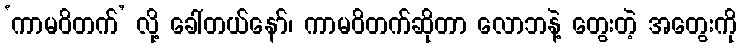
‘ကာမဝိတက်’ လို့ ခေါ်တယ်နော်၊ ကာမဝိတက်ဆိုတာ လောဘနဲ့ တွေးတဲ့ အတွေးကို